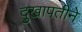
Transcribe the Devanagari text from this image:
दुखापतीने